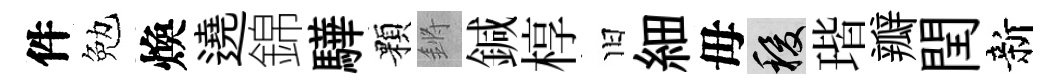
件勉煥遶錦驊顆鏘鍼椁旧細毋稷瑎瓣閏新